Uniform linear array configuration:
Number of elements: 8
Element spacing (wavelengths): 0.5
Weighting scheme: blackman
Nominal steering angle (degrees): -30
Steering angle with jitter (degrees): -28.68
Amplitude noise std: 0.05
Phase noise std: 0.05

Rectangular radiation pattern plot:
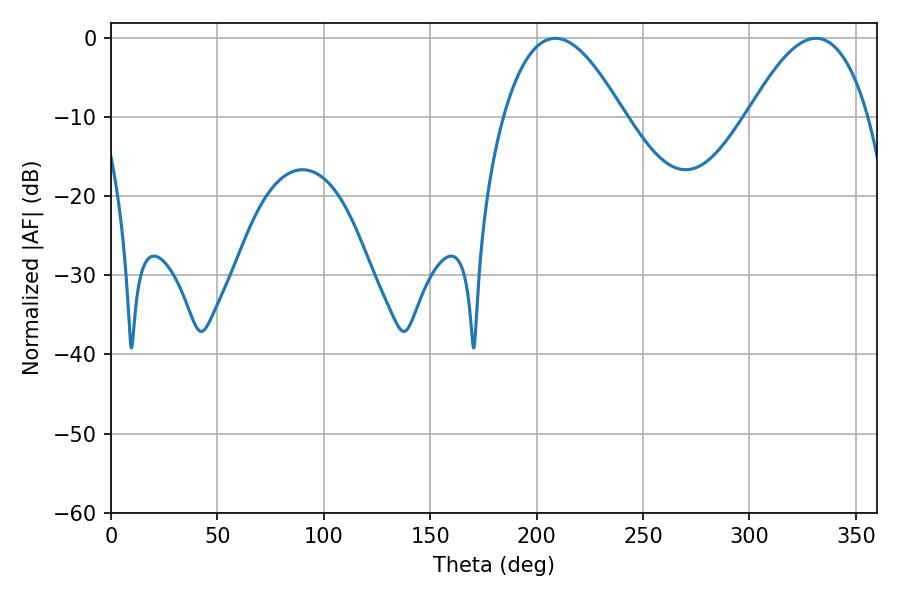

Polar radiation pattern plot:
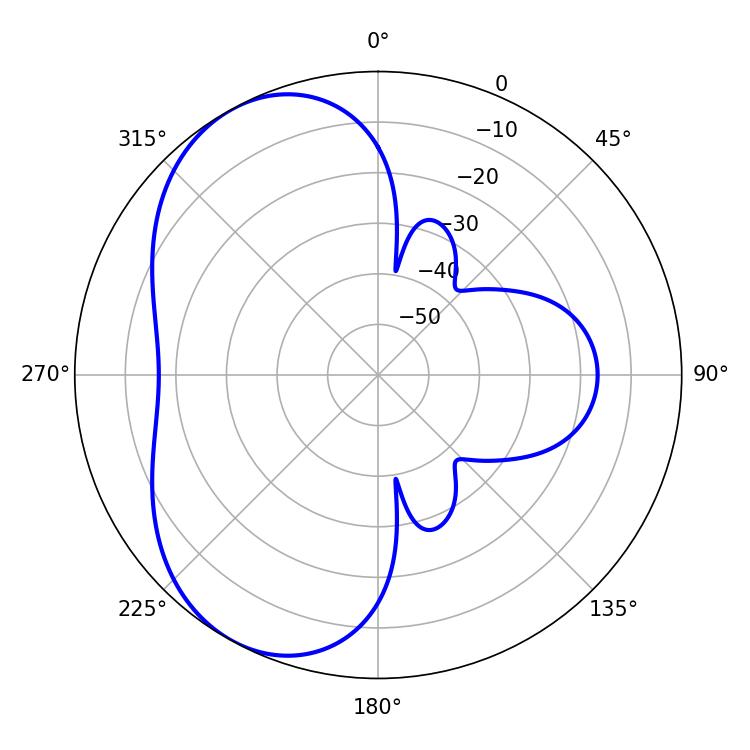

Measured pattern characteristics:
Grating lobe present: FALSE
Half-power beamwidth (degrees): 30.96
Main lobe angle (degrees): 208.8